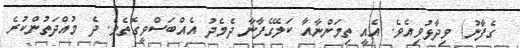
ގެފާނު) ވިދާޅުވިއެވެ. އެއީ ތިމަންނާއާ ކަލޭގެފާނާ ދެމެދު އެއްބަސްވީގޮތެވެ. ދެ މުއްދަތުންކުރެ